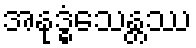
အနုဒ္ဓံသေန္တဿ